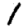
Digit: 1